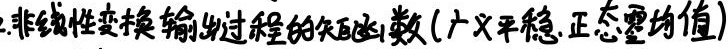
2.非线性变换输出过程的矢函数（广义平稳,正态零均值）